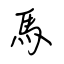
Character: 馬